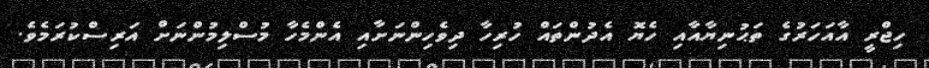
ހިޖްރީ އާއަހަރުގެ ތަޙުނިޔާއާއި ހެޔޮ އެދުންތައް ހުރިހާ ދިވެހިންނަށާއި އެންމެހާ މުސްލިމުންނަށް އަރިސްކުރަމެވެ.